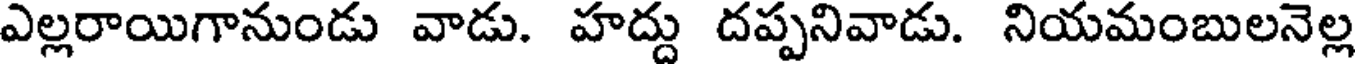
ఎల్లరాయిగానుండు వాడు. హద్దు దప్పనివాడు. నియమంబులనెల్ల